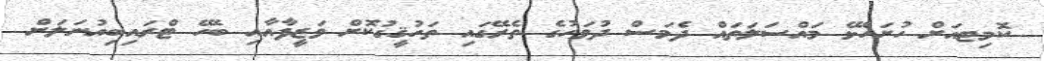
ކޮމިޓއަށް ހުށަހެޅޭ މައްސަލަތައް ދެމަސް ދުވަހުގެ ތެރޭގައި ތަހުޤީގުކޮށް ވަޒީފާއާއި ބެހޭ ޓްރައިބިއުނަލަށް